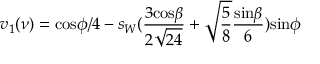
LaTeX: v _ { 1 } ( \nu ) = \mathrm { c o s } \phi / 4 - s _ { W } ( \frac { 3 \mathrm { c o s } \beta } { 2 \sqrt { 2 4 } } + \sqrt { \frac 5 8 } \frac { \mathrm { s i n } \beta } { 6 } ) \mathrm { s i n } \phi